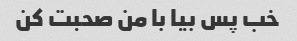
خب پس بیا با من صحبت کن